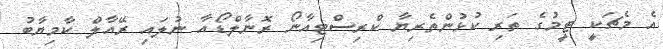
އެ މެޗަކީ ޓީމުގެ ތަރި ކުޅުންތެރިޔާ ކްރިސްޓިއާނޯ ރޮނާލްޑޯއާ ނުލައި ރޭއާލް ކާމިޔާބު